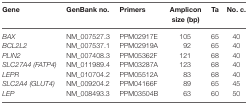
<table><thead><tr><td><b>Gene</b></td><td><b>GenBank no.</b></td><td><b>Primers</b></td><td><b>Amplicon size (bp)</b></td><td><b>Ta</b></td><td><b>No. c.</b></td></tr></thead><tbody><tr><td><i>BAX</i></td><td>NM_007527.3</td><td>PPM02917E</td><td>105</td><td>65</td><td>40</td></tr><tr><td><i>BCL2L2</i></td><td>NM_007537.1</td><td>PPM02919A</td><td>92</td><td>65</td><td>40</td></tr><tr><td><i>PLIN2</i></td><td>NM_007408.3</td><td>PPM05362F</td><td>121</td><td>68</td><td>40</td></tr><tr><td><i>SLC27A4 (FATP4)</i></td><td>NM_011989.4</td><td>PPM03287A</td><td>123</td><td>68</td><td>40</td></tr><tr><td><i>LEPR</i></td><td>NM_010704.2</td><td>PPM05512A</td><td>83</td><td>68</td><td>40</td></tr><tr><td><i>SLC2A4 (GLUT4)</i></td><td>NM_009204.2</td><td>PPM04166F</td><td>89</td><td>65</td><td>45</td></tr><tr><td><i>LEP</i></td><td>NM_008493.3</td><td>PPM03504B</td><td>63</td><td>60</td><td>50</td></tr></tbody></table>